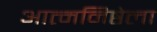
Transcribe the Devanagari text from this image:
आत्मनिष्ठेला